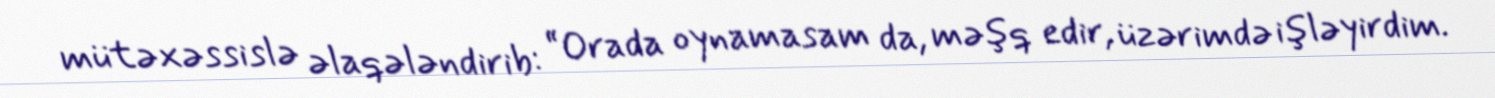
mütəxəssislə əlaqələndirib: “Orada oynamasam da, məşq edir, üzərimdə işləyirdim.